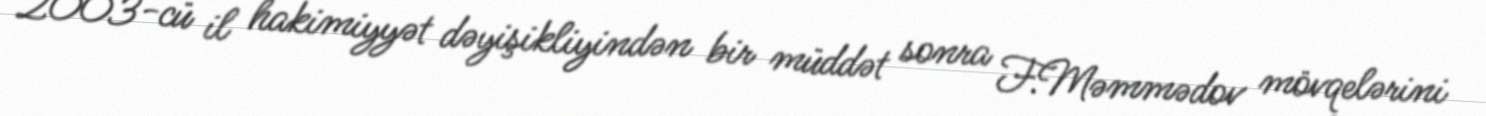
2003-cü il hakimiyyət dəyişikliyindən bir müddət sonra F.Məmmədov mövqelərini